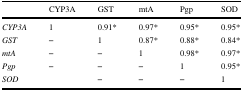
|  | CYP3A | GST | mtA | Pgp | SOD |
 | --- | --- | --- | --- | --- | --- |
 | CYP3A | 1 | 0.91* | 0.97* | 0.95* | 0.95* |
 | GST | – | 1 | 0.87* | 0.88* | 0.84* |
 | mtA | – | – | 1 | 0.98* | 0.97* |
 | Pgp | – | – | – | 1 | 0.95* |
 | SOD |  | – | – | – | 1 |